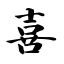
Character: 喜